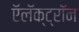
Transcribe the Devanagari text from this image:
ऍलॅक्ट्रॉन